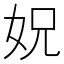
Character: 㚾